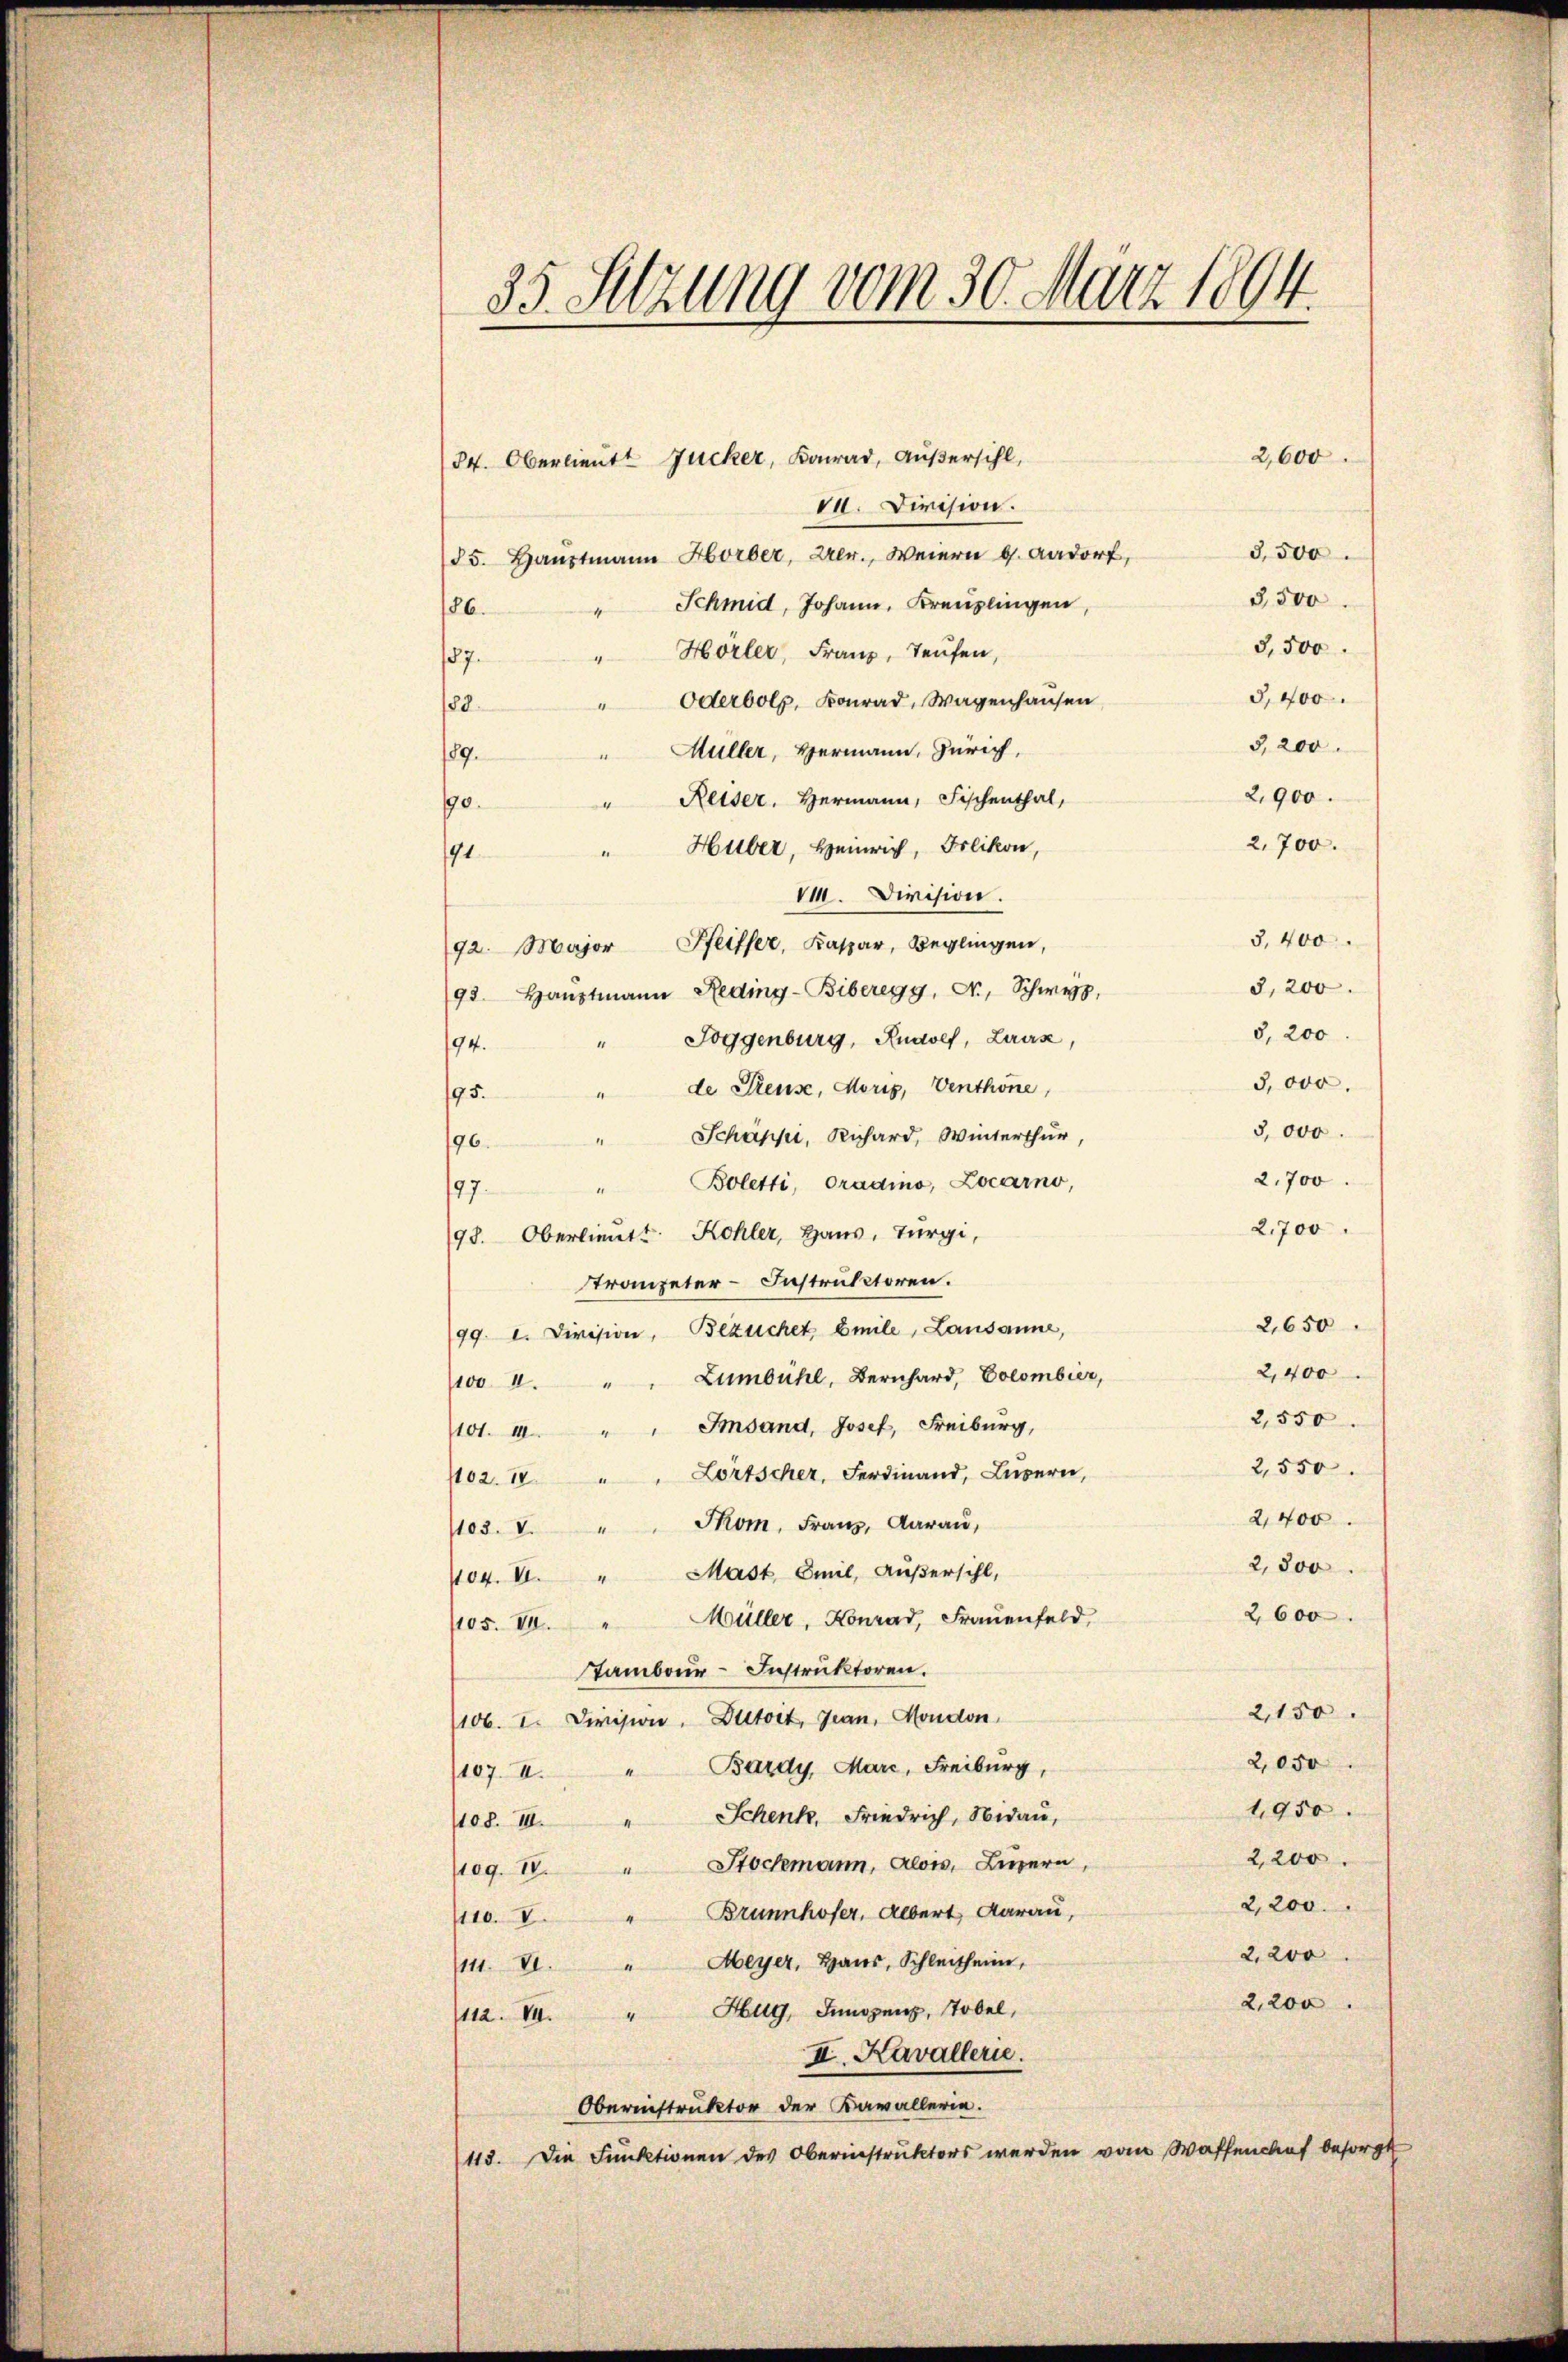
35. Setzung vom 30. März 1804.

2,600
Pr. Oberlieutt Zucker, Konrad, außersihl,
10. Division.
5,500
85. Haŭptmann Horber, Zer., Weiern d. Aadorf,
3,500
Schmid, Johann, Kreuzlingen,
186.
3,500.
"Hörler, Franz, Teufen,
87.
d, 400.
Oderbolz, Konrad, Wagenhausen
182.
3,200.
Müller, Hermann, Zürich,
89.
2,900.
Reiser, Hermann, Fischenthal,
190.
2,700.
Huber, Heinrich, Frlikon,
91.
VI. Division.
3,400.
92. Major Pfeiffer, Kaspar, Beglingen,
3,200.
198. Haŭptmann Reding-Biberegg, Dr. Schwyz,
8, 200
Toggenburg, Rudolf, Laus
194.
5,000.
" de Reuse, Moris, Venthone,
95.
5,000
Schäppi, Richard, Winterthur
.
196.
2,700.
Boletti, Oradino, Locarno,
197.
2,700
98. Oberlieutt Kohler, Haus, Bürgi,
Straueter-Instruktoren.
2,650
99. I. Division, Bezüchet Emile, Lausanne,
2,400
Lumbühl, Bernhard, Colombier,
100. II.
2,550
Imsand, Josef, Freiburg,
1101. 14.
2,550.
1102. 14 " " Lörtscher, Ferdinand, Luzern,
2,400.
Thom. Franz, darau,
103. V.
2,800
104. VI. " Mast, Emil, Außersihl,
2,600
Müller, Konrad, Frauenfeld,
1105. VI.
Tambour-Instruktoren.
2,150.
1106. I. Division. Dietoit, Jean, Moudon.
2,050
107. II. " Bardy, Mare, Freiburg,
1,950.
1108. III. " Schenk, Friedrich, Nidau,
2,200.
109. 18. " Stockmann, Alois, Luzern,
2,200.
110. 8. " Brunnhofer, Albert darau,
2. 200
111. VI. " Meyer, Haŭs, Schleitheim,
2,200
112. VI. " Hug, Innopanz, Tobel,
II. Kavallerie.
Obernistruktor der Kavallerin.
113. Die Funktionen des Oberinstruktors werden vom Waffenkauf besorgt